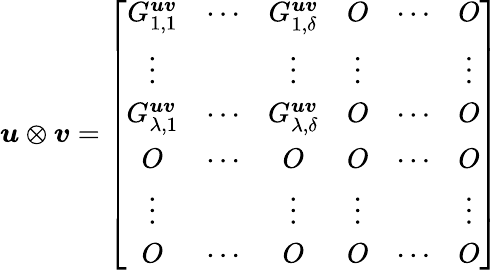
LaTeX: \boldsymbol{\mathit{u}}\otimes\boldsymbol{v}=\left[\begin{array}{cccccc}{G_{1,1}^{\boldsymbol{uv}}}&{\cdots}&{G_{1,\delta}^{\boldsymbol{uv}}}&{O}&{\cdots}&{O}\\ {\vdots}&&{\vdots}&{\vdots}&&{\vdots}\\ {G_{\lambda,1}^{\boldsymbol{uv}}}&{\cdots}&{G_{\lambda,\delta}^{\boldsymbol{uv}}}&{O}&{\cdots}&{O}\\ {O}&{\cdots}&{O}&{O}&{\cdots}&{O}\\ {\vdots}&&{\vdots}&{\vdots}&&{\vdots}\\ {O}&{\cdots}&{O}&{O}&{\cdots}&{O}\end{array}\right]